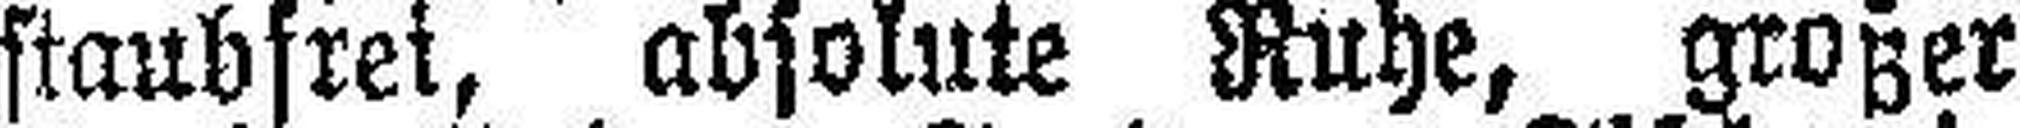
staubfrei, absolute Ruhe, großer